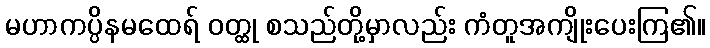
မဟာကပ္ပိနမထေရ် ဝတ္ထု စသည်တို့မှာလည်း ကံတူအကျိုးပေးကြ၏။